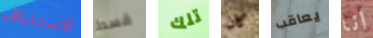
الاستئناف قسط تلك كان يعاقب انا